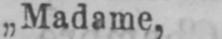
„Madame,